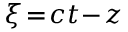
\xi \! = \! c t \! - \! z